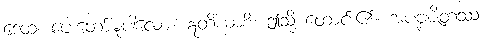
ဒေထ၊ ပေးတော်မူပါလော့။ ဣတိယာစိ၊ ဤသို့ တောင်း၏။ အပဗ္ဗဇိတဿ၊